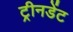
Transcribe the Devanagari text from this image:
ट्रीनडेंट